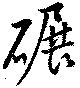
碾